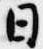
日